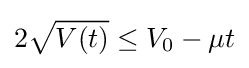
2{\sqrt {V(t)}}\leq V_{0}-\mu t